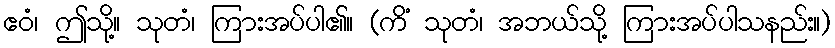
ဧဝံ၊ ဤသို့။ သုတံ၊ ကြားအပ်ပါ၏။ (ကိံ သုတံ၊ အဘယ်သို့ ကြားအပ်ပါသနည်း။)